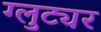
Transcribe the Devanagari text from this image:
ग्लुट्यर